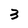
Character: 3